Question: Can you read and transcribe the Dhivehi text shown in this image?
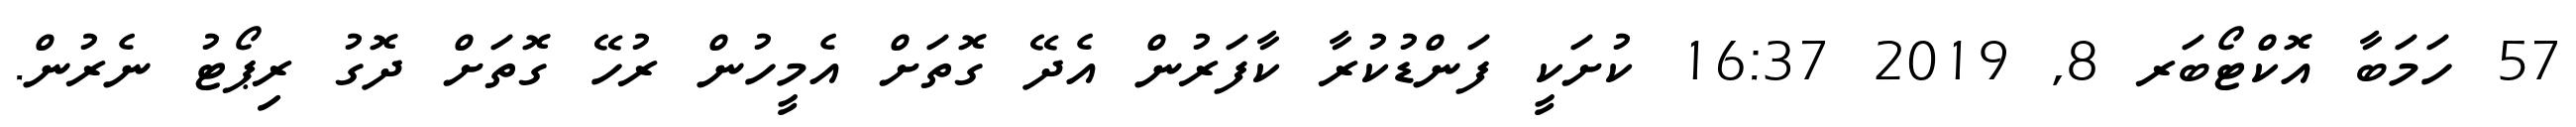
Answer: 57 ހަމަބާ އޮކްޓޯބަރ 8, 2019 16:37 ކުށަކީ ފަންޑުކުރާ ކާފަރުން އެދޭ ގޮތަށް އެމީހުން ރުހޭ ގޮތަށް ދޮގު ރިޕޯޓު ނެރުން.